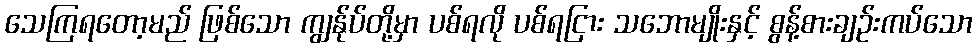
သေကြရတော့မည် ဖြစ်သော ကျွန်ုပ်တို့မှာ ပစ်ရလို ပစ်ရငြား သဘောမျိုးနှင့် စွန့်စားချဉ်းကပ်သော